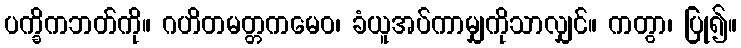
ပက္ခိကဘတ်ကို။ ဂဟိတမတ္တကမေဝ၊ ခံယူအပ်ကာမျှကိုသာလျှင်။ ကတွာ၊ ပြု၍။